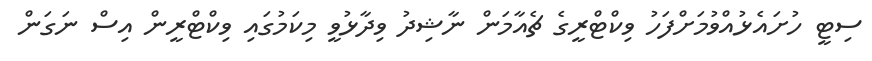
ސިޓީ ހުށައެޅުއްވުމަށްފަހު ވިކްޓްރީގެ ޗެއާމަން ނާޝިދު ވިދާޅުވީ މިކަމުގައި ވިކްޓްރީން އިސް ނަގަން